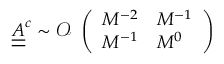
\underline { { \underline { { A } } } } ^ { c } \sim \mathcal { O } \begin{array} { l } { \left( \begin{array} { l l } { M ^ { - 2 } } & { M ^ { - 1 } } \\ { M ^ { - 1 } } & { M ^ { 0 } } \end{array} \right) } \end{array}